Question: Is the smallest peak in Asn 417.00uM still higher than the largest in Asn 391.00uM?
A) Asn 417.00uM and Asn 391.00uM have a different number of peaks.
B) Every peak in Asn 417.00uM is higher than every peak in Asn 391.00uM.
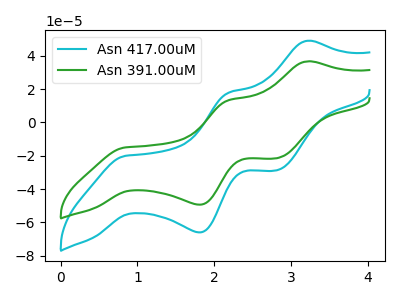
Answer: <think>The cyan curve "Asn 417.00uM" has anodic peaks at (3.20V, 48.90uA) (2.20V, 17.75uA) and cathodic peaks at (0.85V, -20.10uA) (1.80V, -65.95uA) (2.80V, -28.70uA). The green curve "Asn 391.00uM" has anodic peaks at (3.20V, 36.55uA) (2.20V, 13.25uA) and cathodic peaks at (0.85V, -15.00uA) (1.80V, -49.35uA) (2.80V, -21.50uA).</think>
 <answer>B) Every peak in "Asn 417.00uM" is higher than every peak in "Asn 391.00uM".</answer>
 <eval>B</eval>